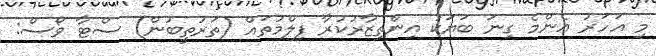
މި އަހަރު އެންމެ ގިނަ ބަޔަކު އިންތިޒާރުކުރާ ފިލްމުތައް (ތަރުތީބުން) ސްޓާ ވޯސް: